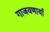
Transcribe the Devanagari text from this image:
गाजवणार्या